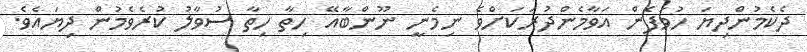
ދެކެމުންދިޔަ ހުވަފެން އަވާމެންދުރަކަށްވެ ނިމެނީ ނޫންބާއޭ ހިތާ ހިތާ ސުވާލު ކުރެވެމުން ދިޔައެވެ.